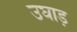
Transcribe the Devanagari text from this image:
उघाड़